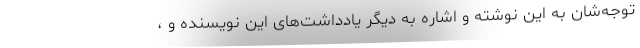
توجه‌شان به این نوشته و اشاره به دیگر یادداشت‌های این نویسنده و ،